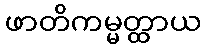
ဖာတိကမ္မတ္ထာယ